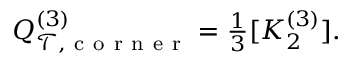
\begin{array} { r } { Q _ { \mathcal { T } , \mathrm { ~ c ~ o ~ r ~ n ~ e ~ r ~ } } ^ { ( 3 ) } = \frac { 1 } { 3 } [ K _ { 2 } ^ { ( 3 ) } ] . } \end{array}